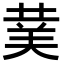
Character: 𮏖